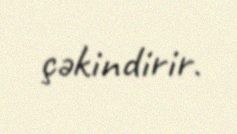
çəkindirir.